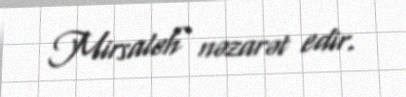
Mirsaleh nəzarət edir.